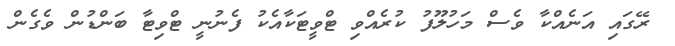
ރޭގައި އަނެއްކާ ވެސް މަހުލޫފު ކުރެއްވި ޓްވީޓަކާއެކު ފެނުނީ ޓްވިޓާ ބަންޑުން ވެގެން